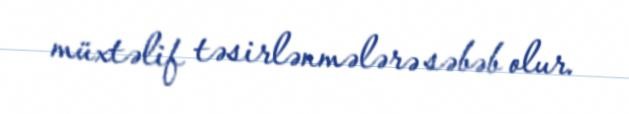
müxtəlif təsirlənmələrə səbəb olur.